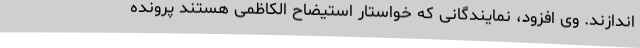
اندازند. وی افزود، نمایندگانی که خواستار استیضاح الکاظمی هستند پرونده